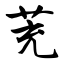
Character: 茺